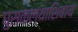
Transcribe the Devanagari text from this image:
घुसळल्याशिवाय